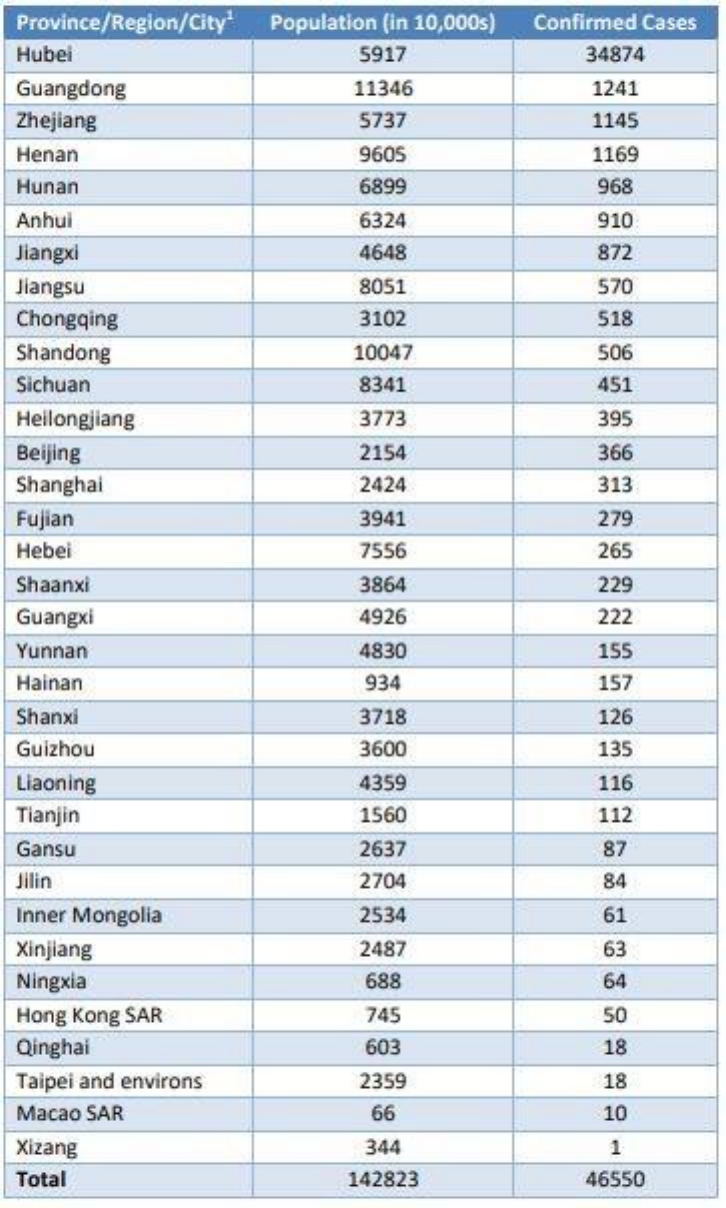
Population (in 10,000s) Confirmed Cases
  Hubei    5917    34874
  Guangdong    11346    1241
  Zhejiang    5737    1145
  Henan    9605    1169
  Hunan    6899    968
  Anhui    6324    910
  Jiangxi    4648    872
  Jiangsu    8051    570
  Chongqing    3102    518
  Shandong    10047    506
  Sichuan    8341    451
  Heilongjiang    3773    395
  Beijing    2154    366
  Shanghai    2424    313
  Fujian    3941    279
  Hebei    7556    265
  Shaanxi    3864    229
  Guangxi    4926    222
  Yunnan    4830    155
  Hainan    934    157
  Shanxi    3718    126
  Guizhou    3600    135
  Liaoning    4359    116
  Tianjin    1560    112
  Gansu    2637    87
  Jilin    2704    84
  Inner Mongolia    2534    61
  Xinjiang    2487    63
  Ningxia    688    64
  Hong Kong SAR    745    50
  Qinghai    603    18
  Taipei and environs    2359    18
  Macao SAR    66    10
  Xizang    344    1
  Total    142823    46550